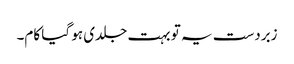
زبردست یہ تو بہت جلدی ہو گیا کام۔